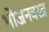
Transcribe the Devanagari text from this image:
भोजनवस्त्र